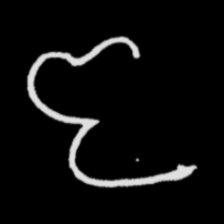
Pyu character \u2014 Myanmar letter: ဇ (romanized: ja)